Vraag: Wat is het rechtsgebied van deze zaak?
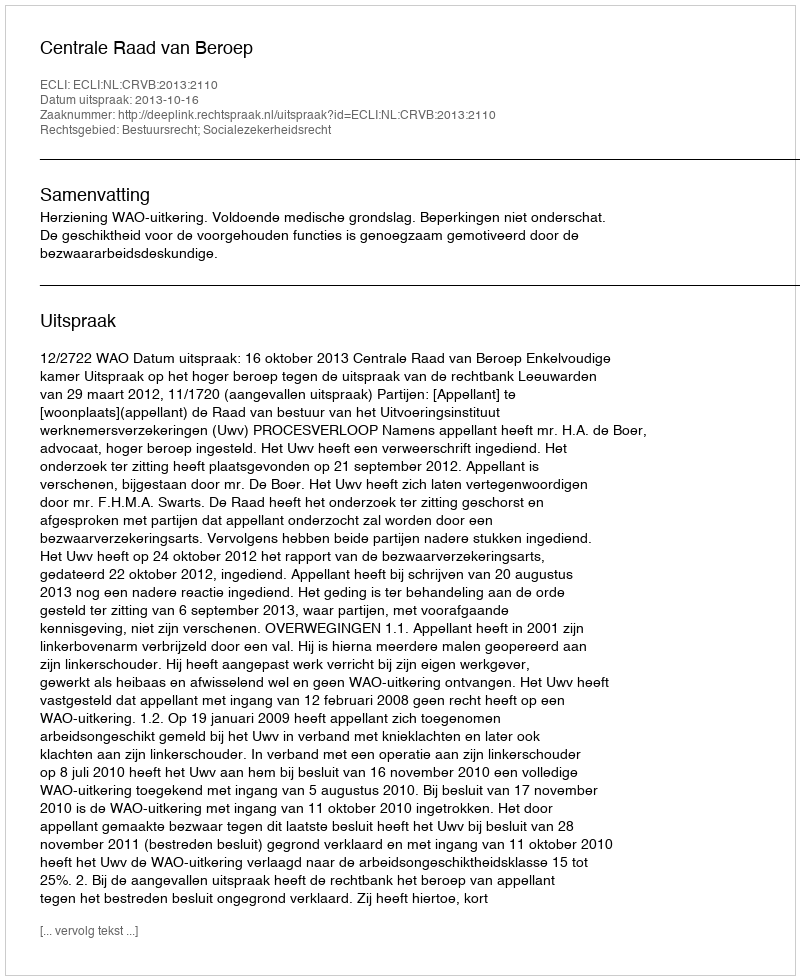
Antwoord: Bestuursrecht; Socialezekerheidsrecht